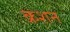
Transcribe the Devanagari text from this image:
क्रशन